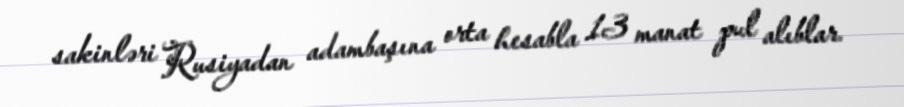
sakinləri Rusiyadan adambaşına orta hesabla 13 manat pul alıblar.